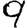
Digit: 9